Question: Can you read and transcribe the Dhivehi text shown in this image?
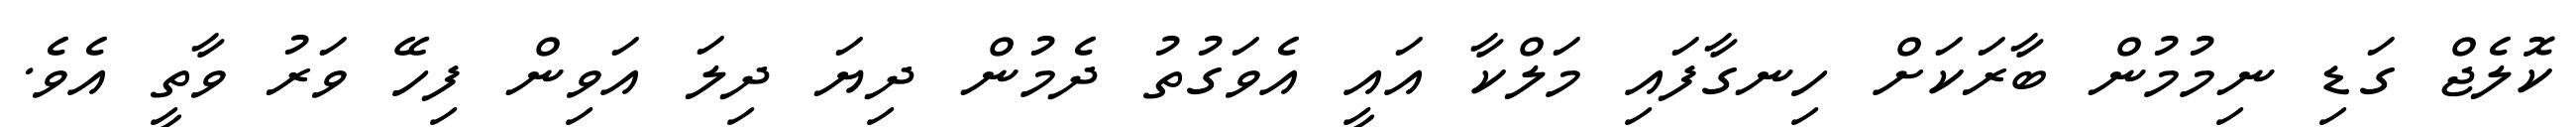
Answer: ކޮލެޖް ގަޑި ނިމުމުން ބާރަކަށް ހިނގާފައި މަލްކާ އައީ އެވަގުތު ދެމުން ދިޔަ ދިލަ އަވިން ފިހޭ ވަރު ވާތީ އެވެ.